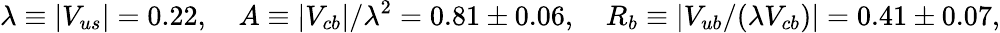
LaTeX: \lambda\equiv|V_{us}|=0.22,\quad A\equiv|V_{cb}|/\lambda^{2}=0.81\pm 0.06,\quad R_{b}\equiv|V_{ub}/(\lambda V_{cb})|=0.41\pm 0.07,